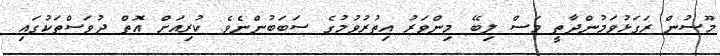
މޫސުން ރަގަޅުވަމުންދާތީ މަސް ލިބޭ މިންވަރު އިތުރުވުމުގެ ސަބަބުންނެވެ. ކުރިއަށް އޮތް ދުވަސްތަކުގައި